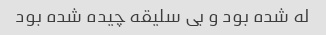
له شده بود و بی سلیقه چیده شده بود